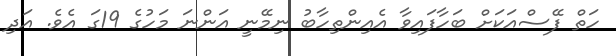
ހަތް ފޭސްއަކަށް ބަހާފައިވާ އެއިންތިހާބު ނިމޭނީ އަންނަ މަހުގެ 19ގަ އެވެ. އަދި